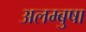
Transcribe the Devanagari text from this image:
अलम्बुषा